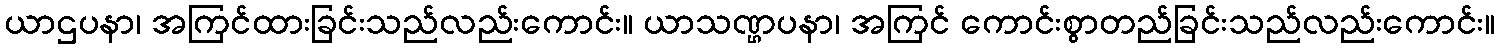
ယာဌပနာ၊ အကြင်ထားခြင်းသည်လည်းကောင်း။ ယာသဏ္ဌပနာ၊ အကြင် ကောင်းစွာတည်ခြင်းသည်လည်းကောင်း။